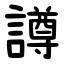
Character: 譐